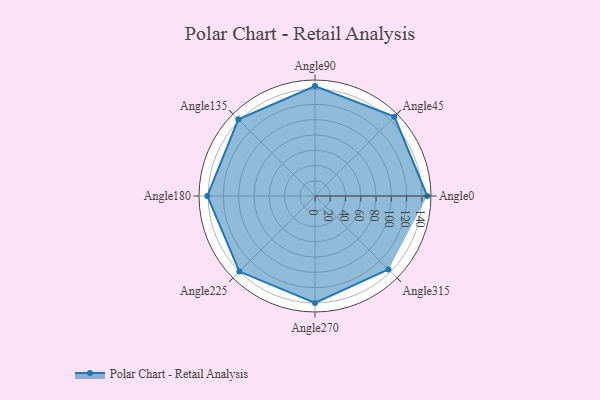
{"axis": {"x": "Angle", "y": "Radius"}, "legend": [""], "data": [{"x": "Angle0", "y": 147.0, "type": ""}, {"x": "Angle45", "y": 147.0, "type": ""}, {"x": "Angle90", "y": 144.0, "type": ""}, {"x": "Angle135", "y": 142.0, "type": ""}, {"x": "Angle180", "y": 141.0, "type": ""}, {"x": "Angle225", "y": 140.0, "type": ""}, {"x": "Angle270", "y": 140.0, "type": ""}, {"x": "Angle315", "y": 136.0, "type": ""}]}